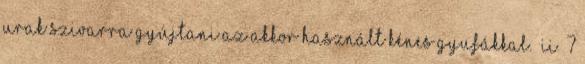
urak szivarra gyújtani az akkor használt kénes gyufákkal.” II 7